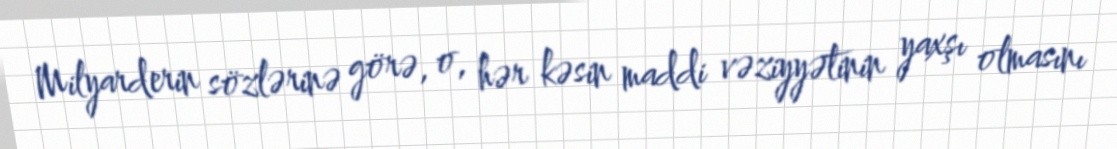
Milyarderin sözlərinə görə, o, hər kəsin maddi vəziyyətinin yaxşı olmasını